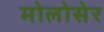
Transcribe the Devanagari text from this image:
मोलोसेर